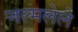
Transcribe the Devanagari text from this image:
जल्मलेले